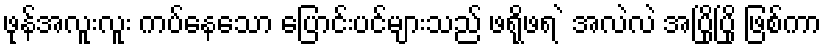
ဖုန်အလူးလူး ကပ်နေသော ပြောင်းပင်များသည် ဖရိုဖရ ဲ အလဲလဲ အပြိုပြို ဖြစ်ကာ